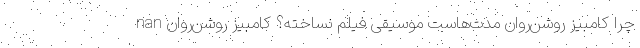
nan چرا کامبیز روشن‌روان مدت‌هاست موسیقی فیلم نساخته؟ کامبیز روشن‌روان